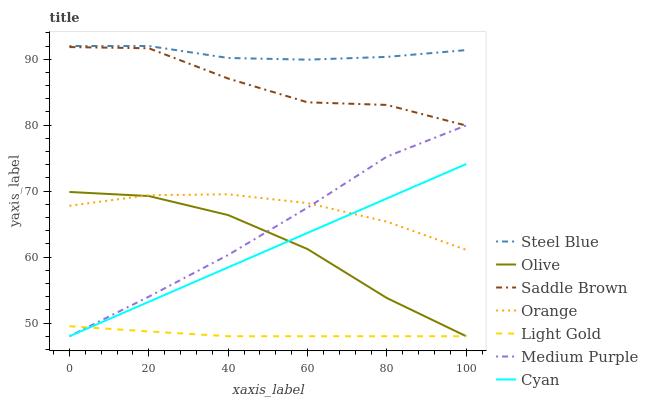
| xaxis_label | Steel Blue | Olive | Saddle Brown | Orange | Light Gold | Medium Purple | Cyan |
 | --- | --- | --- | --- | --- | --- | --- | --- |
 | 0 | 92 | 69.9 | 91.8 | 67.8 | 49.5 | 48 | 48 |
 | 20 | 92 | 69.3 | 91.7 | 69.4 | 48.7 | 54 | 53.2 |
 | 40 | 90.2 | 66.4 | 87.1 | 69.5 | 48 | 60.3 | 58.4 |
 | 60 | 89.9 | 61.2 | 83.5 | 68.2 | 48 | 67.5 | 63.7 |
 | 80 | 90.4 | 53.8 | 83.1 | 65.4 | 48 | 75.2 | 68.9 |
 | 100 | 91.4 | 48 | 79.9 | 61.1 | 48 | 80 | 74.1 |